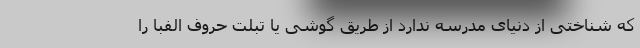
که شناختی از دنیای مدرسه ندارد از طریق گوشی یا تبلت حروف الفبا را